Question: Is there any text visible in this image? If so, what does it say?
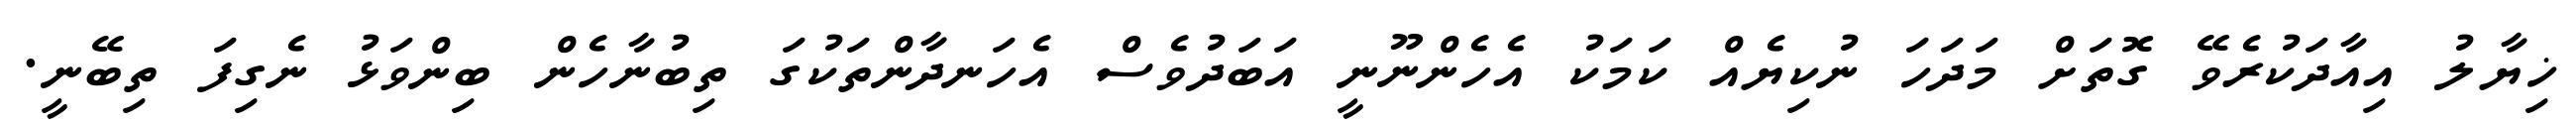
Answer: ޚިޔާލު އިއާދަކުރެވޭ ގޮތަށް މަދަހަ ނުކިޔެއް ކަމަކު އެހެންނޫނީ އަބަދުވެސް އެހަނދާންތަކުގަ ތިބުނާހެން ބިންވަޅު ނެގިފަ ތިބޭނީ.